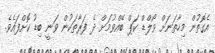
އެގޮތުން މިހާތަނަށް ވޯލްޑް ކަޕް ބޭއްވުމަށް ދެ ފަރާތަކުން ވަނީ ބިޑު ކޮށްފައެވެ.